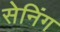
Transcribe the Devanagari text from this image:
सेनिंग